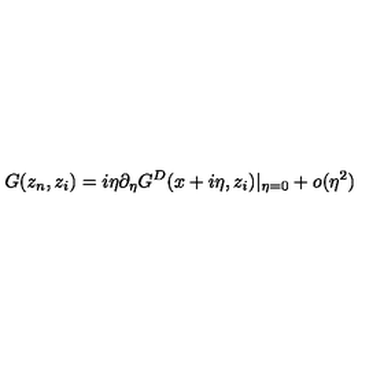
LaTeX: G ( z _ { n } , z _ { i } ) = i \eta \partial _ { \eta } G ^ { D } ( x + i \eta , z _ { i } ) | _ { \eta = 0 } + o ( \eta ^ { 2 } )